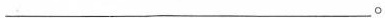
___。